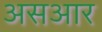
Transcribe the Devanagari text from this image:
असआर